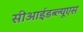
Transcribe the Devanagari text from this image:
सीआईडब्‍ल्‍यूएस